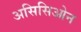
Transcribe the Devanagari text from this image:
असिसिओन